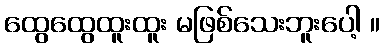
ထွေထွေထူးထူး မဖြစ်သေးဘူးပေါ့ ။